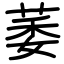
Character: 萎